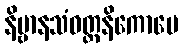
နိဗ္ဗာနသံဝတ္တနိကောပေ